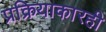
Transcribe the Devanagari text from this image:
प्रक्रियाकारही